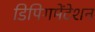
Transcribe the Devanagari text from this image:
डिपिगमेंटेशन